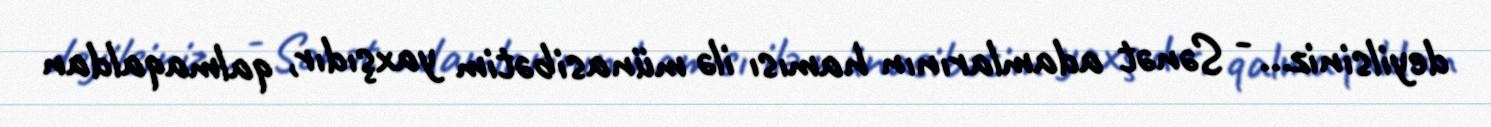
deyilsiniz... - Sənət adamlarının hamısı ilə münasibətim yaxşıdır, qalmaqaldan